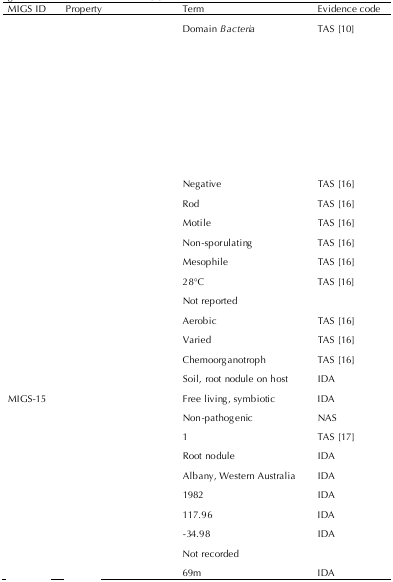
<table><thead><tr><td><b>MIGS ID</b></td><td><b>Property</b></td><td><b>Term</b></td><td><b>Evidence code</b></td></tr></thead><tbody><tr><td rowspan="8">[EMPTY_CELL]</td><td rowspan="8">[EMPTY_CELL]</td><td>Domain <i>Bacteria</i></td><td>TAS [10]</td></tr><tr><td>[EMPTY_CELL]</td><td>[EMPTY_CELL]</td></tr><tr><td>[EMPTY_CELL]</td><td>[EMPTY_CELL]</td></tr><tr><td>[EMPTY_CELL]</td><td>[EMPTY_CELL]</td></tr><tr><td>[EMPTY_CELL]</td><td>[EMPTY_CELL]</td></tr><tr><td>[EMPTY_CELL]</td><td>[EMPTY_CELL]</td></tr><tr><td>[EMPTY_CELL]</td><td>[EMPTY_CELL]</td></tr><tr><td>[EMPTY_CELL]</td><td>[EMPTY_CELL]</td><td>Negative</td><td>TAS [16]</td></tr><tr><td>[EMPTY_CELL]</td><td>[EMPTY_CELL]</td><td>Rod</td><td>TAS [16]</td></tr><tr><td>[EMPTY_CELL]</td><td>[EMPTY_CELL]</td><td>Motile</td><td>TAS [16]</td></tr><tr><td>[EMPTY_CELL]</td><td>[EMPTY_CELL]</td><td>Non-sporulating</td><td>TAS [16]</td></tr><tr><td>[EMPTY_CELL]</td><td>[EMPTY_CELL]</td><td>Mesophile</td><td>TAS [16]</td></tr><tr><td>[EMPTY_CELL]</td><td>[EMPTY_CELL]</td><td>28°C</td><td>TAS [16]</td></tr><tr><td>[EMPTY_CELL]</td><td>[EMPTY_CELL]</td><td>Not reported</td><td>[EMPTY_CELL]</td></tr><tr><td>[EMPTY_CELL]</td><td>[EMPTY_CELL]</td><td>Aerobic</td><td>TAS [16]</td></tr><tr><td>[EMPTY_CELL]</td><td>[EMPTY_CELL]</td><td>Varied</td><td>TAS [16]</td></tr><tr><td>[EMPTY_CELL]</td><td>[EMPTY_CELL]</td><td>Chemoorganotroph</td><td>TAS [16]</td></tr><tr><td>[EMPTY_CELL]</td><td>[EMPTY_CELL]</td><td>Soil, root nodule on host</td><td>IDA</td></tr><tr><td>MIGS-15</td><td>[EMPTY_CELL]</td><td>Free living, symbiotic</td><td>IDA</td></tr><tr><td>[EMPTY_CELL]</td><td>[EMPTY_CELL]</td><td>Non-pathogenic</td><td>NAS</td></tr><tr><td>[EMPTY_CELL]</td><td>[EMPTY_CELL]</td><td>1</td><td>TAS [17]</td></tr><tr><td>[EMPTY_CELL]</td><td>[EMPTY_CELL]</td><td>Root nodule</td><td>IDA</td></tr><tr><td>[EMPTY_CELL]</td><td>[EMPTY_CELL]</td><td>Albany, Western Australia</td><td>IDA</td></tr><tr><td>[EMPTY_CELL]</td><td>[EMPTY_CELL]</td><td>1982</td><td>IDA</td></tr><tr><td>[EMPTY_CELL]</td><td>[EMPTY_CELL]</td><td>117.96</td><td>IDA</td></tr><tr><td>[EMPTY_CELL]</td><td>[EMPTY_CELL]</td><td>-34.98</td><td>IDA</td></tr><tr><td>[EMPTY_CELL]</td><td>[EMPTY_CELL]</td><td>Not recorded</td><td>[EMPTY_CELL]</td></tr><tr><td>[EMPTY_CELL]</td><td>[EMPTY_CELL]</td><td>69m</td><td>IDA</td></tr></tbody></table>